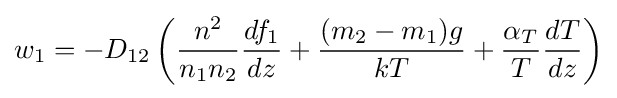
w_{1}=-D_{12}\left({\frac {n^{2}}{n_{1}n_{2}}}{\frac {df_{1}}{dz}}+{\frac {(m_{2}-m_{1})g}{kT}}+{\frac {\alpha _{T}}{T}}{\frac {dT}{dz}}\right)